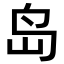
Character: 岛